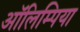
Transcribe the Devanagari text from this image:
ऑलिम्पिया